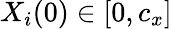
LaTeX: X_{i}(0)\in[0,c_{x}]